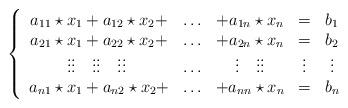
LaTeX: \begin{align*}\left\{\begin{array}{ccccc}a_{11}\star x_1+ a_{12}\star x_2+&\ldots & +a_{1n}\star x_n &=&b_1\\a_{21}\star x_1+ a_{22}\star x_2+&\ldots &+a_{2n}\star x_n &=&b_2\\\vdots\vdots\quad\vdots\vdots\quad\vdots\vdots\ &\ldots& \vdots\quad\vdots\vdots&\vdots&\vdots\\a_{n1}\star x_1+ a_{n2}\star x_2+&\ldots &+a_{nn}\star x_n &=&b_n\end{array}\right.\end{align*}